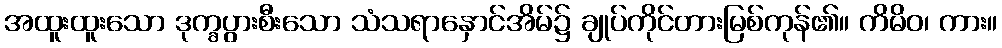
အထူးထူးသော ဒုက္ခပွားစီးသော သံသရာနှောင်အိမ်၌ ချုပ်ကိုင်တားမြစ်ကုန်၏။ ကိမိဝ၊ ကား။